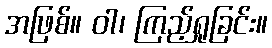
အဖြစ်။ ဝါ၊ ကြည့်ရှုခြင်း။